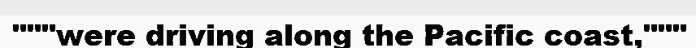
"""were driving along the Pacific coast,"""